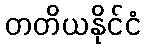
တတိယနိုင်ငံ